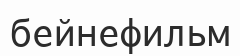
бейнефильм